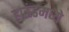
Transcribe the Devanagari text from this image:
हाऊंडमध्ये